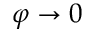
\varphi \to 0